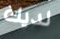
لديك